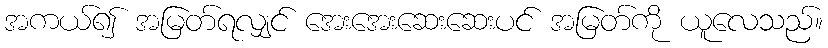
အကယ်၍ အမြတ်ရလျှင် အေးအေးဆေးဆေးပင် အမြတ်ကို ယူလေသည်။